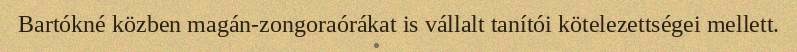
Bartókné közben magán-zongoraórákat is vállalt tanítói kötelezettségei mellett.